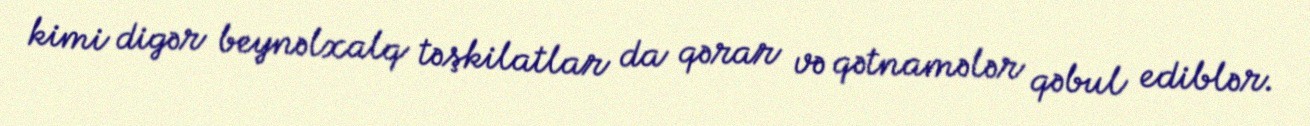
kimi digər beynəlxalq təşkilatlar da qərar və qətnamələr qəbul ediblər.